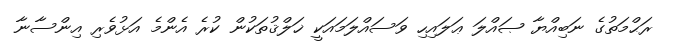
ރަޙްމަތުގެ ނަބިއްޔާ ޞައްލަ ޢަލައިހި ވަސައްލަމައަކީ ޚަލްޤުތަކުން ކުރެ އެންމެ އަޅުވެރި އިންސާނާ